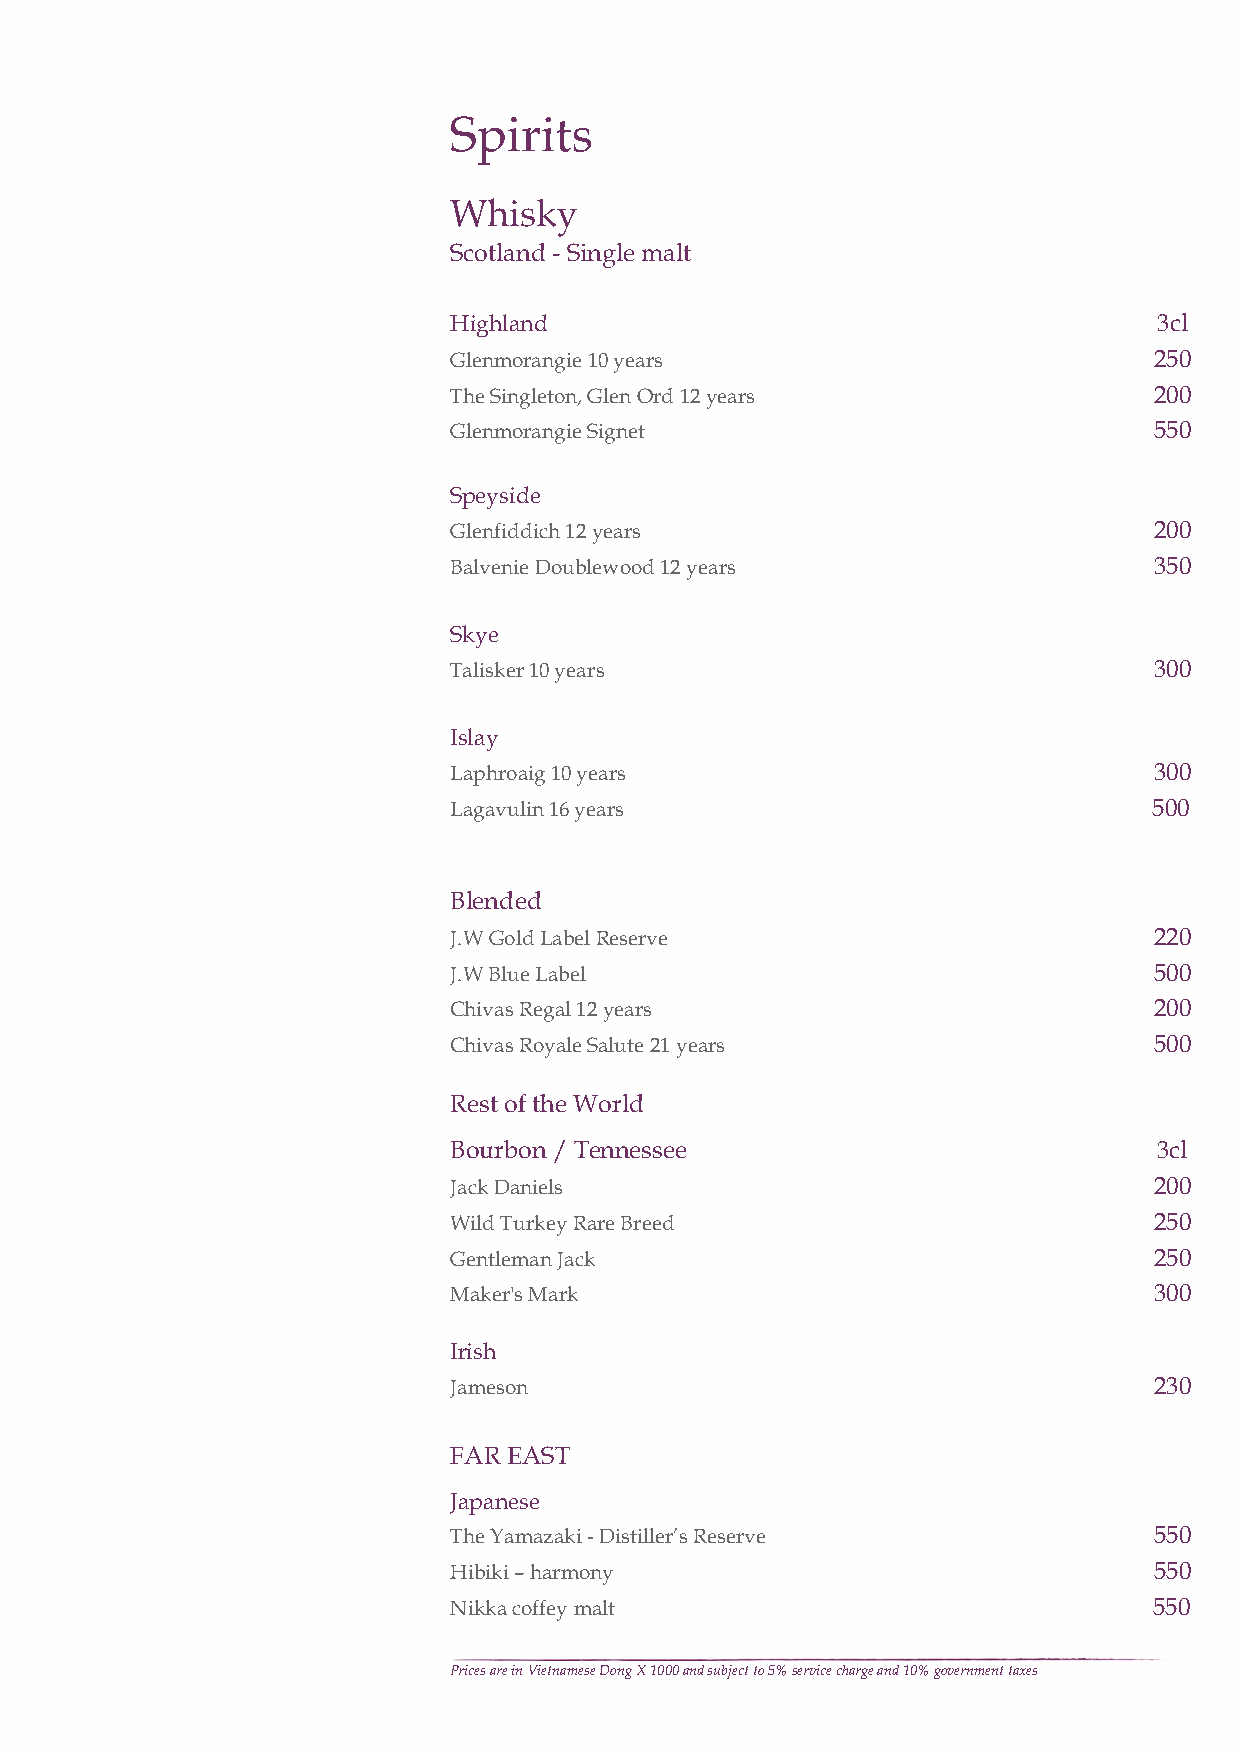
Spirits
 Whisky
 Scotland - Single malt
 Highland                                       3cl
 Glenmorangie 10 years                         250
 The Singleton, Glen Ord 12 years              200
 Glenmorangie Signet                           550
 Speyside
 Glenfiddich 12 years                          200
 Balvenie Doublewood 12 years                  350
 Skye
 Talisker 10 years                             300
 Islay
 Laphroaig 10 years                            300
 Lagavulin 16 years                            500
 Blended
 J.W Gold Label Reserve                        220
 J.W Blue Label                                500
 Chivas Regal 12 years                         200
 Chivas Royale Salute 21 years                 500
 Rest of the World
 Bourbon / Tennessee                            3cl
 Jack Daniels                                  200
 Wild Turkey Rare Breed                        250
 Gentleman Jack                                250
 Maker's Mark                                  300
 Irish
 Jameson                                       230
 FAR EAST
 Japanese
 The Yamazaki - Distiller’s Reserve            550
 Hibiki – harmony                              550
 Nikka coffey malt                             550
 Prices are in Vietnamese Dong X 1000 and subject to 5% service charge and 10% government taxes